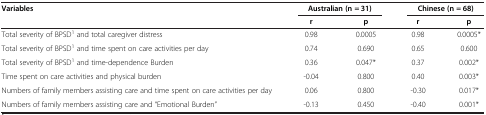
| <ROWSPAN=2> Variables | <COLSPAN=2> Australian (n = 31) | <COLSPAN=2> Chinese (n = 68) |
 | r | p | r | p |
 | --- | --- | --- | --- | --- |
 | Total severity of BPSD1 and total caregiver distress | 0.98 | 0.0005 | 0.98 | 0.0005* |
 | Total severity of BPSD1 and time spent on care activities per day | 0.74 | 0.690 | 0.65 | 0.600 |
 | Total severity of BPSD1 and time-dependence Burden | 0.36 | 0.047* | 0.37 | 0.002* |
 | Time spent on care activities and physical burden | -0.04 | 0.800 | 0.40 | 0.003* |
 | Numbers of family members assisting care and time spent on care activities per day | 0.06 | 0.800 | -0.30 | 0.017* |
 | Numbers of family members assisting care and “Emotional Burden” | -0.13 | 0.450 | -0.40 | 0.001* |